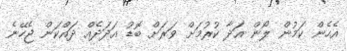
އެހެން ކަމުން ލޯން އަދާ ކުރުމަށް ވަރަށް ބޮޑު އަދަދެއް ދައްކަން ޖެހޭނެ